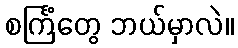
စင်္ကြံတွေ ဘယ်မှာလဲ။